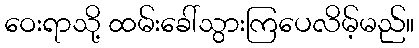
ဝေးရာသို့ ထမ်းခေါ်သွားကြပေလိမ့်မည်။